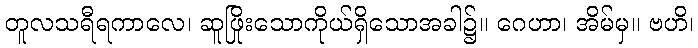
တူလသရီရကာလေ၊ ဆူဖြိုးသောကိုယ်ရှိသောအခါ၌။ ဂေဟာ၊ အိမ်မှ။ ဗဟိ၊